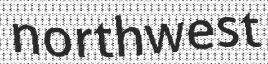
northwest